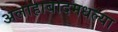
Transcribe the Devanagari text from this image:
अलाहाबादमधल्या